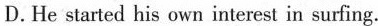
D.He started his own interest in surfing.